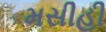
મસીહી